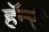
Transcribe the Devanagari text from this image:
हॅन्‍री